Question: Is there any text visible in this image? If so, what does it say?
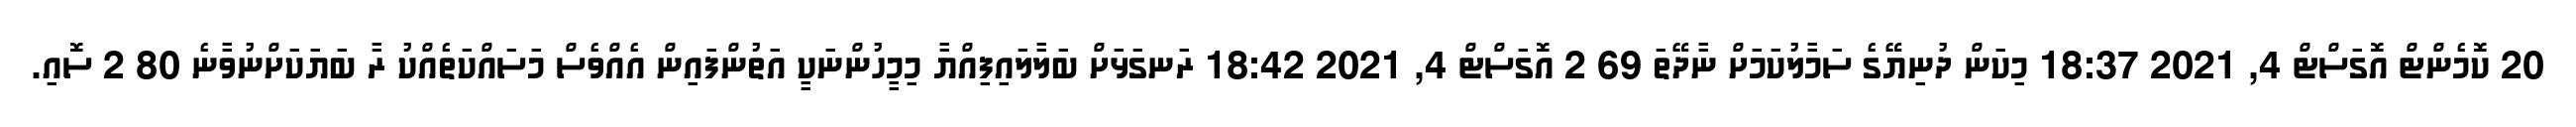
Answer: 20 ކޮމެންޓް އޮގަސްޓް 4, 2021 18:37 މިކަން ދުނިޔޭގެ ސަމާލުކަމަށް ނާދޭތަ 69 2 އޮގަސްޓް 4, 2021 18:42 ރަނގަޅަށް ބަލާލައިފިއްޔާ މިމީހުންނަކީ އަތުންފައިން އެއްވެސް މަސައްކަތެއްކު ރާ ބަޔަކަށްނުވާނެ 80 2 ސޮއި.